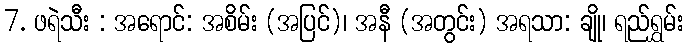
7. ဖရဲသီး : အရောင်: အစိမ်း (အပြင်)၊ အနီ (အတွင်း) အရသာ: ချို၊ ရည်ရွှမ်း